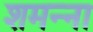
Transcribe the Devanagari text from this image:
शमन्ना